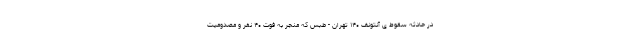
در حادثه سقوط ی آنتونف ۱۴۰ تهران - طبس که منجر به فوت ۴۰ نفر و مصدومیت